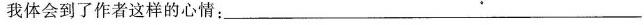
我体会到了作者这样的心情：______